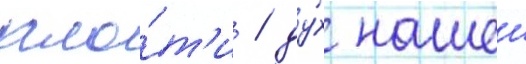
пло́т'и / ду́х нашеи